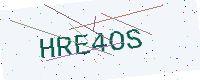
Text: HRE4OS